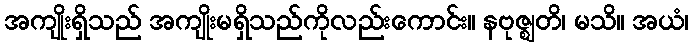
အကျိုးရှိသည် အကျိုးမရှိသည်ကိုလည်းကောင်း။ နဗုဇ္ဈတိ၊ မသိ။ အယံ၊